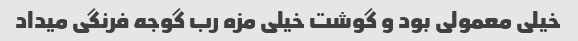
خیلی معمولی بود و گوشت خیلی مزه رب گوجه فرنگی میداد